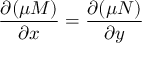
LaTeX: { \frac { \partial ( \mu M ) } { \partial x } } = { \frac { \partial ( \mu N ) } { \partial y } } \,